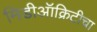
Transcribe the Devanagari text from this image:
मिडीऑक्रिटीचा